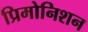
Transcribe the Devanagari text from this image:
प्रिमोनिशन